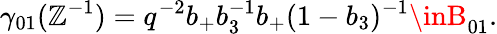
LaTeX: \gamma_{01}(\mathbb{Z}^{-1})=q^{-2}b_{+}b_{3}^{-1}b_{+}(1-b_{3})^{-1}\inB_{01}.